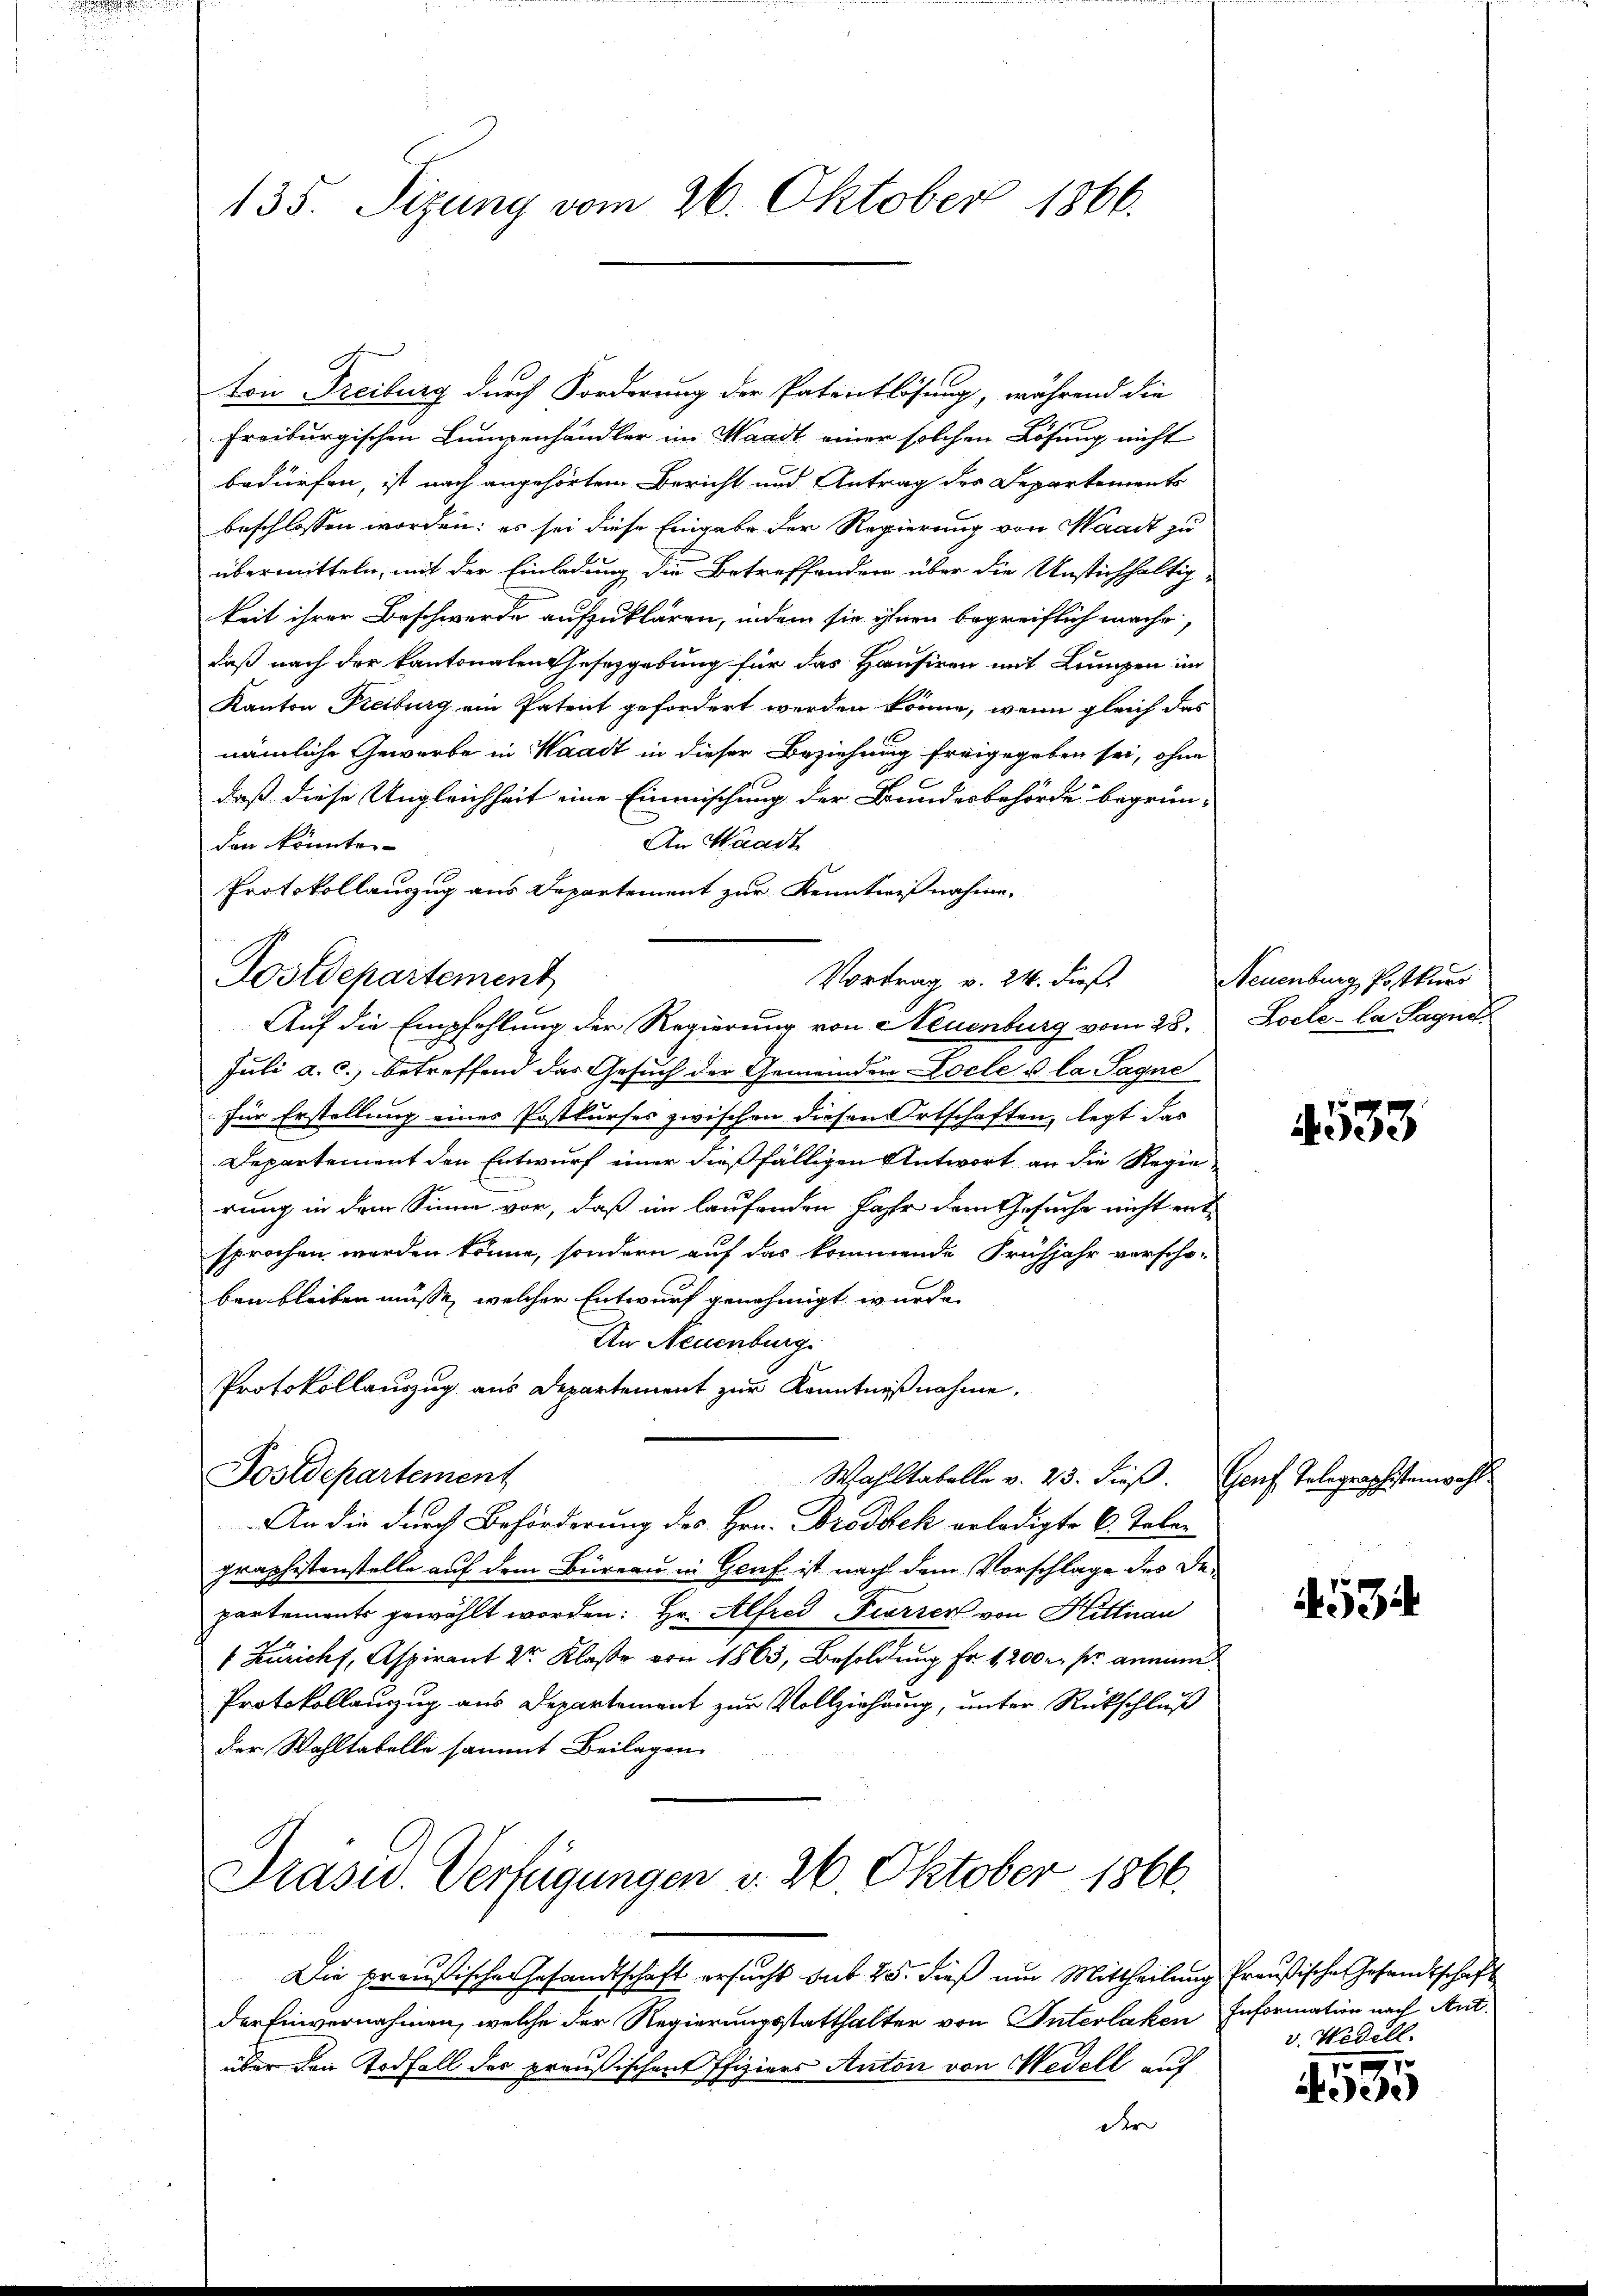
ton Freiburg durch Forderung der Patentlösung, während die
freiburgischen Lumpenhändler im Waadt einer solchen Lösung nicht
bedürfen, ist nach angehörten Bericht und Antrag des Departements
beschlossen worden: es sei diese Eingabe der Regierung von Waadt zu
übermitteln, mit der Einladung die Betreffenden über die Unstichhaltig-
keit ihrer Beschwerde aufzuklären, indem sie ihnen begreiflich mache,
daß nach der Kantonalen Gesetzgebung für das Hausiren mit Lumpen im
Kanton Freiburg ein Patent gefordert werden könne, wenn gleich das
nämliche Gewerbe in Waadt in dieser Beziehung freigegeben sei, ohne
daß diese Ungleichheit eine Einmischung der Bundesbehörde begrün-
An Waadt
den könnte.
Protokollauszug aus Departement zur Kenntnißnahme.
Auf die Empfehlung der Regierung von Neuenburg vom 28.
Juli a. c., betreffend das Gesuch der Gemeinden Locles la Sagne
für Erstellung eines Postkurses zwischen diesen Ortschaften, legt das
Departement den Entwurf einer dießfälligen Antwort an die Regierung in dem Sinne vor, daß im laufenden Jahr dem Gesuche nicht ent
sprochen werden könne, sondern auf das kommende Frühjahr vorscho-
bei bleiben müsse, welcher Entwurf genehmigt wurde.
An Neuenburg
Protokollauszug aus Departement zur Kenntnißnahme.
Postdepartement
Wahltabelle v. 23. dieß. Genf Telegraphistenwohl
An die durch Beförderung des Hrn. Brodeck erledigte 6. Telegraphistenstelle auf dem Büreau in Genf ist nach dem Vorschlage des Departements gewählt worden: Hr. Alfred Fierzer von Hittnau
 Zürich, Aspirant Dr. Klaße von 1863, Besoldung Fr. 1200 r. pr. annam
Protokollanzug aus Departement zur Vollziehung, unter Rückschluß
der Wahltabelle sammt Beilagen

135. Sizung vom 26. Oktober 1866.

Aostdepartement

Vortrag v. 24. dieß

Präsid.. Verfügungen v. 26. Oktober 1866.

Die preußische Gesandtschaft ersucht sub 25. dieß um Mittheilung Preußische Gesandtschaft
der Einvernahmen, welche der Regierungsstatthalter von Interlaken Information nach Antüber den Todfall der preußischen Pfiziers Anton von Wedell auf
der

Neuenburg, Postkurs
Locle- la Sagne

4533

534

v. Wedell.

.
Nee